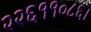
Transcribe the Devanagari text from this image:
२२६११०८६।